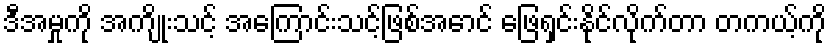
ဒီအမှုကို အကျိုးသင့် အကြောင်းသင့်ဖြစ်အောင် ဖြေရှင်းနိုင်လိုက်တာ တကယ့်ကို